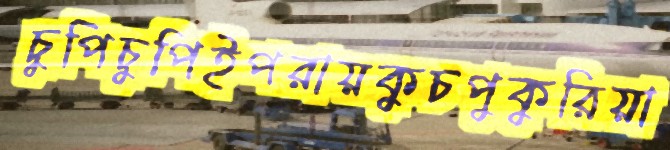
চুপিচুপিইপরায়কুচপুকুরিয়া